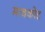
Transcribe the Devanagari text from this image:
माचकोट